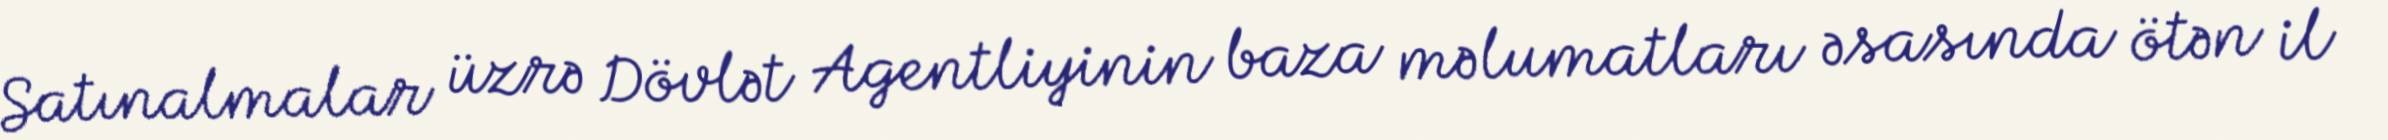
Satınalmalar üzrə Dövlət Agentliyinin baza məlumatları əsasında ötən il